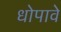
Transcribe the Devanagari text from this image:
धोपावे